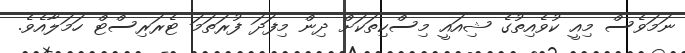
ނަމަވެސް މިއީ ކުވެއިތުގެ ޝިއައީ މިސްކިތަކަށް ދިން މިފަދަ ފުރަތަމަ ޓެރަރިސްޓް ހަމަލާއެވެ.